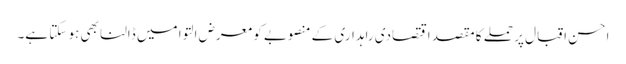
احسن اقبال پر حملے کا مقصد اقتصادی راہداری کے منصوبے کو معرض التوا میں ڈالنا بھی ہو سکتا ہے۔